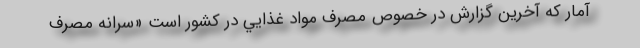
آمار كه آخرين گزارش در خصوص مصرف مواد غذايي در كشور است «سرانه مصرف